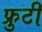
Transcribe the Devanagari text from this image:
फ्रुटी